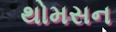
થોમસન